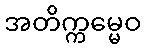
အတိက္ကမ္မေဝ